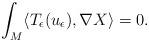
LaTeX: \begin{align*}\int_M\langle T_{\epsilon}(u_{\epsilon}),\nabla X\rangle=0.\end{align*}